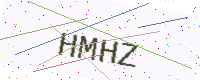
Text: HMHZ